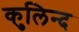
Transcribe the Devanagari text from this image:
कुलिन्द